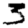
Digit: 3